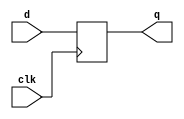
module dflipflop (
input d,clk,
output reg q);

always @(posedge clk)
begin
q <= d;
end
endmodule